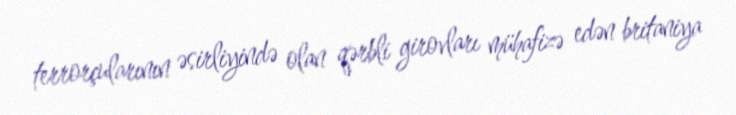
terrorçularının əsirliyində olan qərbli girovları mühafizə edən britaniya